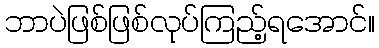
ဘာပဲဖြစ်ဖြစ်လုပ်ကြည့်ရအောင်။